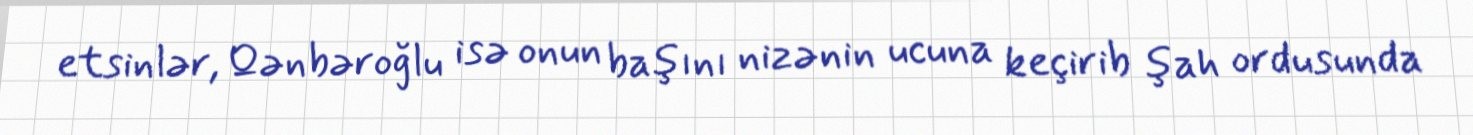
etsinlər, Qənbəroğlu isə onun başını nizənin ucuna keçirib şah ordusunda